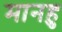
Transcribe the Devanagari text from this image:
मानहु